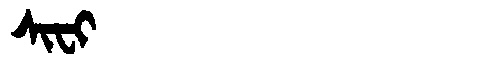
Manchu: ᠰᡳᠸᡳ
Romanization: SIFI